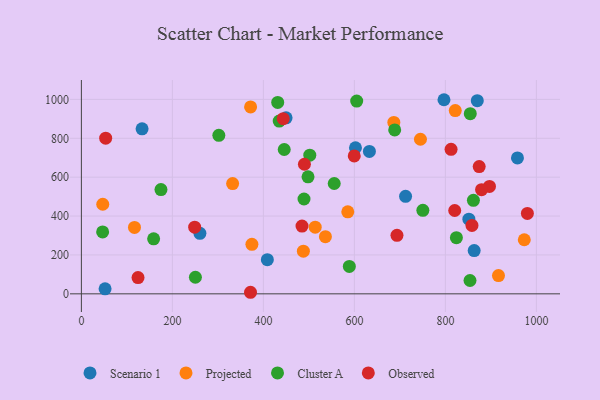
{"axis": {"x": "Investment", "y": "Fuel Efficiency"}, "legend": ["Cluster A", "Observed", "Projected", "Scenario 1"], "data": [{"x": "796.9", "y": 998.4, "type": "Scenario 1"}, {"x": "408.7", "y": 175.7, "type": "Scenario 1"}, {"x": "260.5", "y": 311.0, "type": "Scenario 1"}, {"x": "602.4", "y": 751.5, "type": "Scenario 1"}, {"x": "863.3", "y": 222.5, "type": "Scenario 1"}, {"x": "851.6", "y": 384.1, "type": "Scenario 1"}, {"x": "712.5", "y": 501.5, "type": "Scenario 1"}, {"x": "133.4", "y": 848.7, "type": "Scenario 1"}, {"x": "52.1", "y": 25.5, "type": "Scenario 1"}, {"x": "870.1", "y": 993.7, "type": "Scenario 1"}, {"x": "449.9", "y": 905.1, "type": "Scenario 1"}, {"x": "633.0", "y": 732.3, "type": "Scenario 1"}, {"x": "958.4", "y": 698.8, "type": "Scenario 1"}, {"x": "536.3", "y": 293.8, "type": "Projected"}, {"x": "371.9", "y": 961.3, "type": "Projected"}, {"x": "116.7", "y": 341.5, "type": "Projected"}, {"x": "585.5", "y": 422.0, "type": "Projected"}, {"x": "686.7", "y": 881.8, "type": "Projected"}, {"x": "332.4", "y": 567.3, "type": "Projected"}, {"x": "821.7", "y": 942.7, "type": "Projected"}, {"x": "374.8", "y": 254.4, "type": "Projected"}, {"x": "513.9", "y": 343.0, "type": "Projected"}, {"x": "745.2", "y": 795.0, "type": "Projected"}, {"x": "973.4", "y": 278.2, "type": "Projected"}, {"x": "47.0", "y": 460.8, "type": "Projected"}, {"x": "916.7", "y": 93.8, "type": "Projected"}, {"x": "487.9", "y": 219.3, "type": "Projected"}, {"x": "605.1", "y": 991.2, "type": "Cluster A"}, {"x": "250.6", "y": 85.2, "type": "Cluster A"}, {"x": "498.1", "y": 601.6, "type": "Cluster A"}, {"x": "46.7", "y": 318.3, "type": "Cluster A"}, {"x": "158.8", "y": 283.0, "type": "Cluster A"}, {"x": "302.1", "y": 815.2, "type": "Cluster A"}, {"x": "854.1", "y": 68.6, "type": "Cluster A"}, {"x": "502.0", "y": 713.1, "type": "Cluster A"}, {"x": "854.7", "y": 926.9, "type": "Cluster A"}, {"x": "588.9", "y": 140.9, "type": "Cluster A"}, {"x": "861.6", "y": 481.0, "type": "Cluster A"}, {"x": "555.7", "y": 567.6, "type": "Cluster A"}, {"x": "434.8", "y": 888.5, "type": "Cluster A"}, {"x": "824.2", "y": 288.9, "type": "Cluster A"}, {"x": "750.5", "y": 429.7, "type": "Cluster A"}, {"x": "445.8", "y": 742.4, "type": "Cluster A"}, {"x": "688.6", "y": 843.3, "type": "Cluster A"}, {"x": "431.5", "y": 984.7, "type": "Cluster A"}, {"x": "174.9", "y": 536.4, "type": "Cluster A"}, {"x": "489.3", "y": 487.8, "type": "Cluster A"}, {"x": "249.0", "y": 343.1, "type": "Observed"}, {"x": "896.9", "y": 552.4, "type": "Observed"}, {"x": "874.3", "y": 654.6, "type": "Observed"}, {"x": "820.5", "y": 428.7, "type": "Observed"}, {"x": "693.6", "y": 301.1, "type": "Observed"}, {"x": "812.5", "y": 743.2, "type": "Observed"}, {"x": "858.4", "y": 351.8, "type": "Observed"}, {"x": "490.2", "y": 666.6, "type": "Observed"}, {"x": "879.5", "y": 535.7, "type": "Observed"}, {"x": "53.4", "y": 800.4, "type": "Observed"}, {"x": "599.7", "y": 709.3, "type": "Observed"}, {"x": "124.5", "y": 83.4, "type": "Observed"}, {"x": "371.7", "y": 8.0, "type": "Observed"}, {"x": "980.2", "y": 413.6, "type": "Observed"}, {"x": "443.6", "y": 901.0, "type": "Observed"}, {"x": "484.9", "y": 348.4, "type": "Observed"}]}